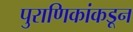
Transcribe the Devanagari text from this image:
पुराणिकांकडून